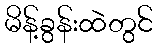
မိန့်ခွန်းထဲတွင်